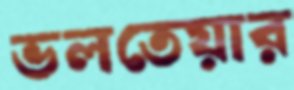
ভলতেয়ার